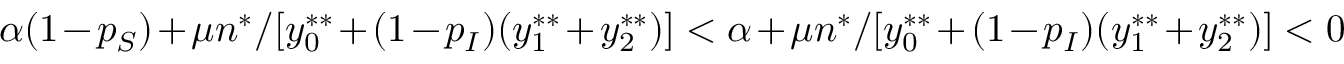
\alpha ( 1 - p _ { S } ) + \mu n ^ { * } / [ y _ { 0 } ^ { * * } + ( 1 - p _ { I } ) ( y _ { 1 } ^ { * * } + y _ { 2 } ^ { * * } ) ] < \alpha + \mu n ^ { * } / [ y _ { 0 } ^ { * * } + ( 1 - p _ { I } ) ( y _ { 1 } ^ { * * } + y _ { 2 } ^ { * * } ) ] < 0